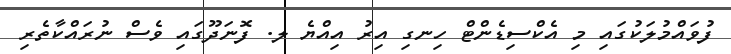
ފުވައްމުލަކުގައި މި އެކްސިޑެންޓް ހިނގި އިރު އިއްޔެ ލ. ފޮނަދޫގައި ވެސް ނުރައްކާތެރި